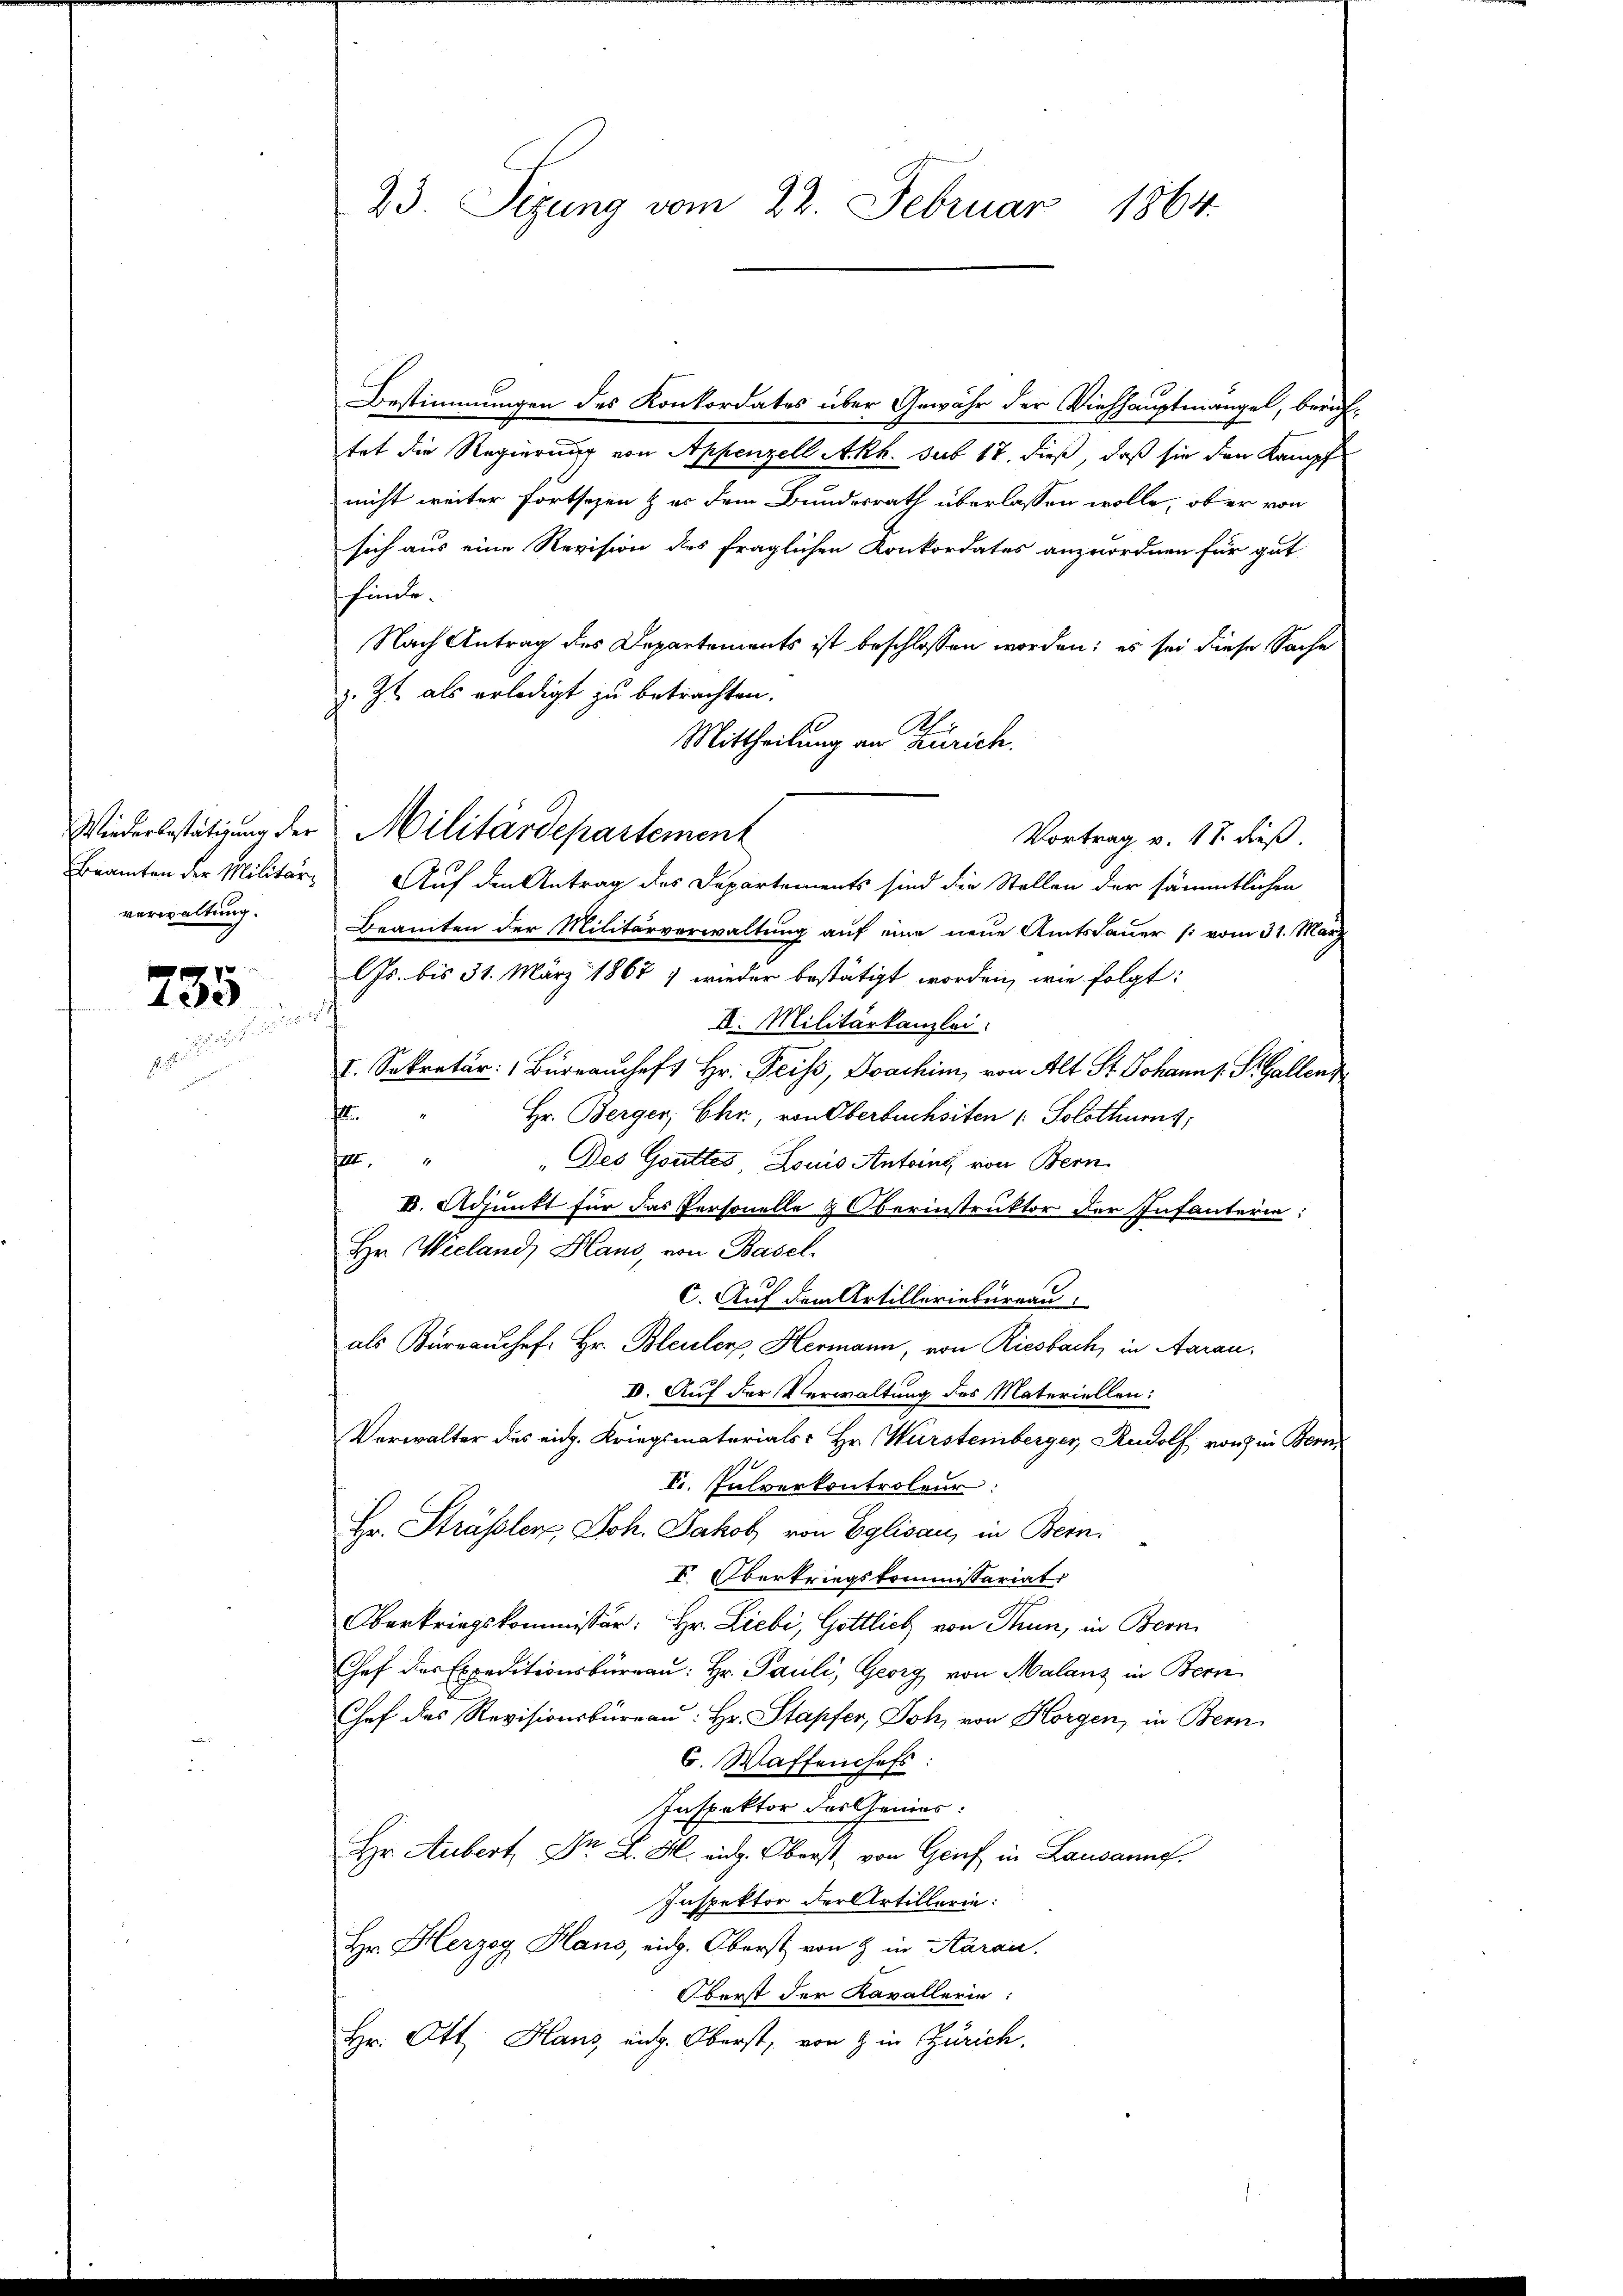
verwaltung.

735
¬

f

23. Sizung vom 22. Februar 1864.

Bestimmungen des Konkordates über Gewähr der Viehhauptmangel, berichtet die Regierung von Appenzell Akk. sub 17. dieß, daß sie den Kampf
nicht weiter fortsezen & er dem Bundesrath überlassen wolle, ob er von
sich aus eine Revision des fraglichen Konkordates anzuordnen für gut
sfinde.
Nach Antrag des Departements ist beschlossen worden; es sei diese Sache
z. Zt. als erledigt zu betrachten.
.
Mittheilung an Zürich.
Beamten der Militär-Auf den Antrag des Departements sind die Stellen der sämmtlichen
Beamten der Militärverwaltung auf eine neue Amtsdauer (vom 31. März
lJs. bis 31. März 1867 1 wieder bestätigt worden, wie folgt:
f
I. Militärkanzlei
I. Sekretär: Büreaŭschaft Hr. Peiss, Joachim von Alt St. Johann 1 S. Gallenz
f
Hr. Berger, Ehr, von Oberbuchsiten (: Solothurns,
IIII
"Des Gottes Louis Antoine von Bern
VI. Adjunkt für das Personelle & Oberinstruktor der Infanterie:
Hr. Wieland, Haus, von Basel.
c. Auf dem Artilleriebureau
als Büreau chef. Hr. Bleuler, Hermann, von Riesbach, in Aarau
IV. Auf der Verwaltung des Materiellen:
Verwalter des eidg. Kriegsmaterials- Hr. Wurstemberger, Rudolf, von in Bern,
F. Pulverkontroleur:
Hr. Strässler, Joh. Jakob von Eglisau, in Berni
V. Oberkriegskommissariat
Oberkriegskommissär: Hr. Liebi, Göttlich von Thun, in Bern
Chef des Expeditionsbüreau: Hr. Pauli, Georg von Malanz in Bern
Chef des Revisionsbüreau: Hr. Stapfer, Joh, von Horgen, in Bern
6. Waffenchefs:
Inspektor des Genies
Hr. Aubert Dr J. H. a. Oberst von Genf in Lausanne
Inspektor der Artillerie:
Hr. Herzog Haus, eidg. Oberst von 9 in Aarau.
Oberst der Kavallerie:
Hr. Ott Haus, aug. Oberst, von 9 in Zürich.

Wiederbestätigung der Militärdepartement

Vortrag v. 18. dieß.